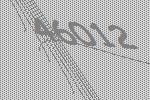
46012